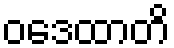
ဝဒေထာတိ